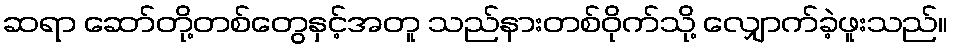
ဆရာ ဆော်တို့တစ်တွေနှင့်အတူ သည်နားတစ်ဝိုက်သို့ လျှောက်ခဲ့ဖူးသည်။